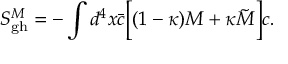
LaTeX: S _ { \mathrm { g h } } ^ { M } = - \int d ^ { 4 } x { \bar { c } } \biggl [ ( 1 - \kappa ) M + \kappa \tilde { M } \biggr ] c .